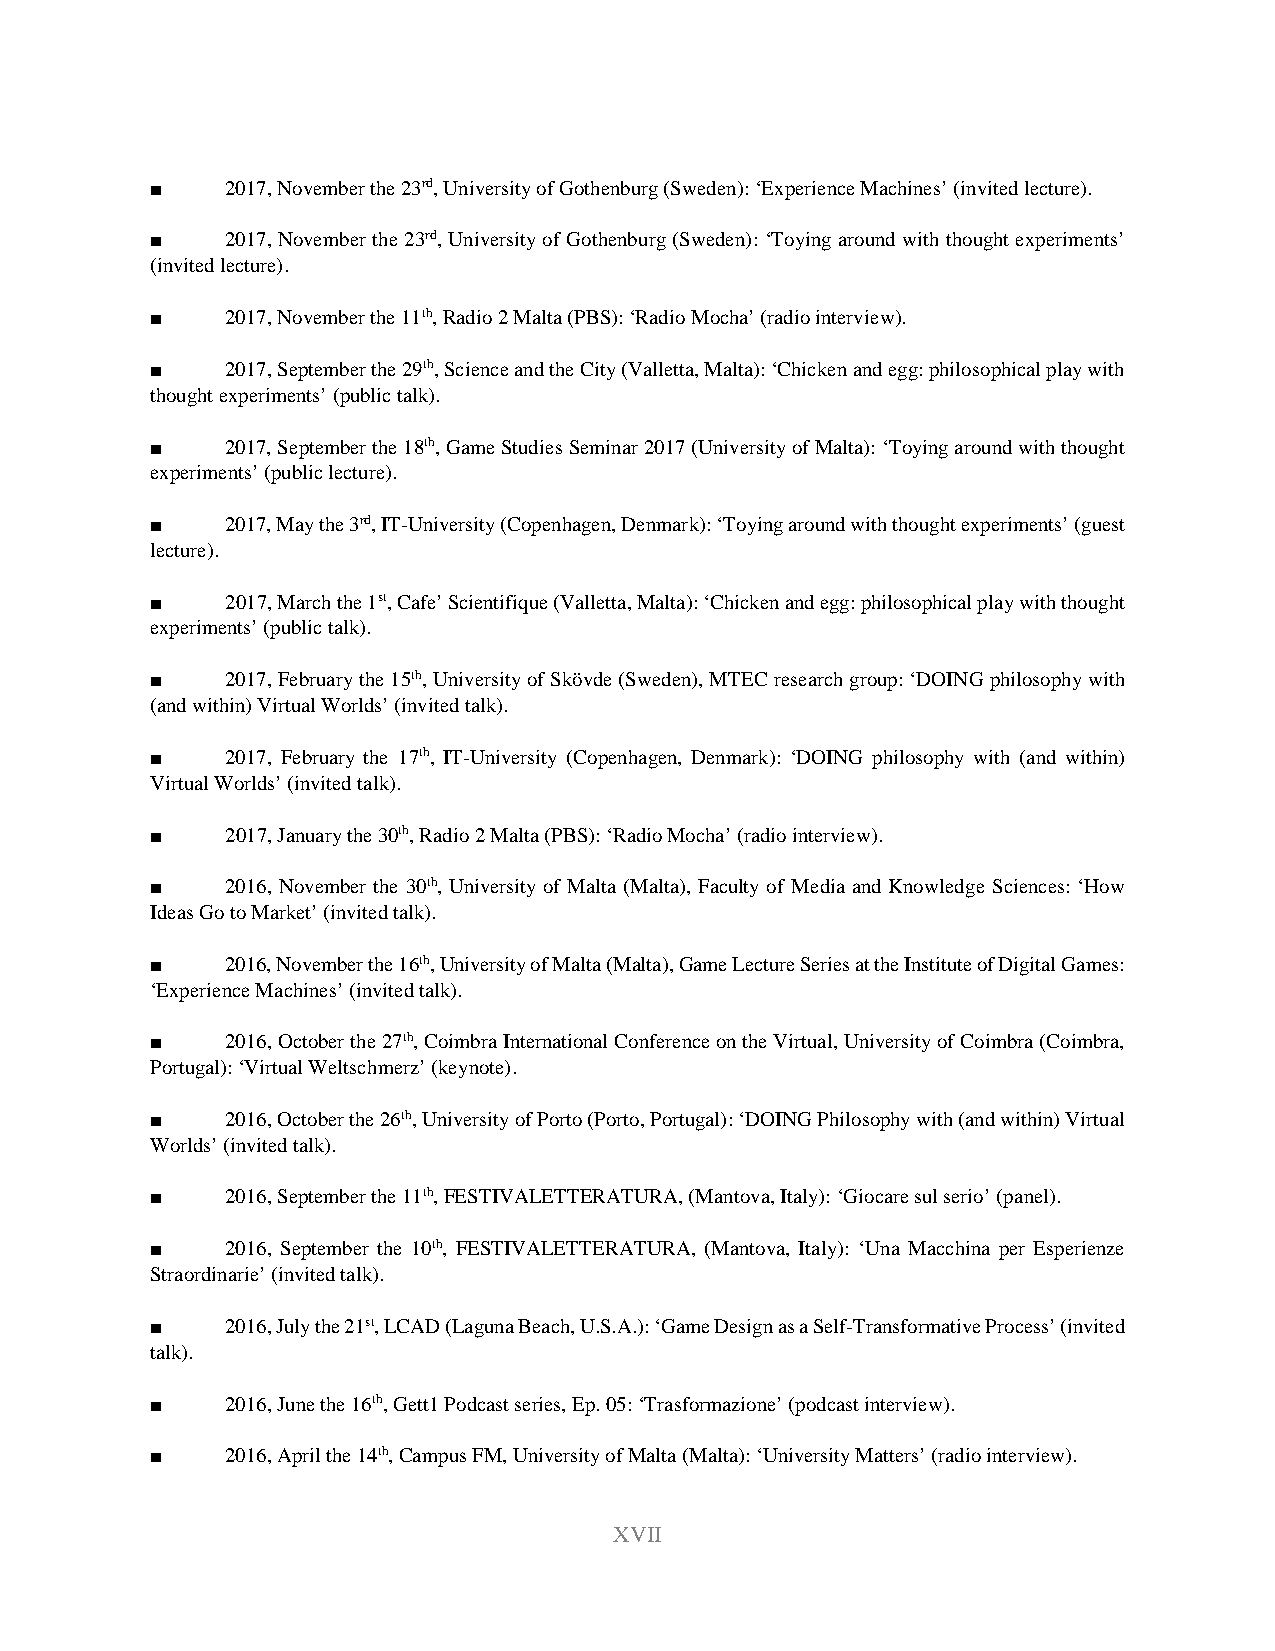
■    2017, November the 23rd, University of Gothenburg (Sweden): ‘Experience Machines’ (invited lecture).
 ■    2017, November the 23rd, University of Gothenburg (Sweden): ‘Toying around with thought experiments’
 (invited lecture).
 ■    2017, November the 11th, Radio 2 Malta (PBS): ‘Radio Mocha’ (radio interview).
 ■    2017, September the 29th, Science and the City (Valletta, Malta): ‘Chicken and egg: philosophical play with
 thought experiments’ (public talk).
 ■    2017, September the 18th, Game Studies Seminar 2017 (University of Malta): ‘Toying around with thought
 experiments’ (public lecture).
 ■    2017, May the 3rd, IT-University (Copenhagen, Denmark): ‘Toying around with thought experiments’ (guest
 lecture).
 ■    2017, March the 1st, Cafe’ Scientifique (Valletta, Malta): ‘Chicken and egg: philosophical play with thought
 experiments’ (public talk).
 ■    2017, February the 15th, University of Skövde (Sweden), MTEC research group: ‘DOING philosophy with
 (and within) Virtual Worlds’ (invited talk).
 ■    2017, February the 17th, IT-University (Copenhagen, Denmark): ‘DOING philosophy with (and within)
 Virtual Worlds’ (invited talk).
 ■    2017, January the 30th, Radio 2 Malta (PBS): ‘Radio Mocha’ (radio interview).
 ■    2016, November the 30th, University of Malta (Malta), Faculty of Media and Knowledge Sciences: ‘How
 Ideas Go to Market’ (invited talk).
 ■    2016, November the 16th, University of Malta (Malta), Game Lecture Series at the Institute of Digital Games:
 ‘Experience Machines’ (invited talk).
 ■    2016, October the 27th, Coimbra International Conference on the Virtual, University of Coimbra (Coimbra,
 Portugal): ‘Virtual Weltschmerz’ (keynote).
 ■    2016, October the 26th, University of Porto (Porto, Portugal): ‘DOING Philosophy with (and within) Virtual
 Worlds’ (invited talk).
 ■    2016, September the 11th, FESTIVALETTERATURA, (Mantova, Italy): ‘Giocare sul serio’ (panel).
 ■    2016, September the 10th, FESTIVALETTERATURA, (Mantova, Italy): ‘Una Macchina per Esperienze
 Straordinarie’ (invited talk).
 ■    2016, July the 21st, LCAD (Laguna Beach, U.S.A.): ‘Game Design as a Self-Transformative Process’ (invited
 talk).
 ■    2016, June the 16th, Gett1 Podcast series, Ep. 05: ‘Trasformazione’ (podcast interview).
 ■    2016, April the 14th, Campus FM, University of Malta (Malta): ‘University Matters’ (radio interview).
 XVII